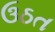
ઉઠત